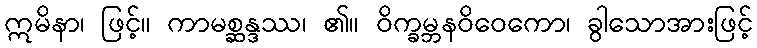
ဣမိနာ၊ ဖြင့်။ ကာမစ္ဆန္ဒဿ၊ ၏။ ဝိက္ခမ္ဘနဝိဝေကော၊ ခွါသောအားဖြင့်